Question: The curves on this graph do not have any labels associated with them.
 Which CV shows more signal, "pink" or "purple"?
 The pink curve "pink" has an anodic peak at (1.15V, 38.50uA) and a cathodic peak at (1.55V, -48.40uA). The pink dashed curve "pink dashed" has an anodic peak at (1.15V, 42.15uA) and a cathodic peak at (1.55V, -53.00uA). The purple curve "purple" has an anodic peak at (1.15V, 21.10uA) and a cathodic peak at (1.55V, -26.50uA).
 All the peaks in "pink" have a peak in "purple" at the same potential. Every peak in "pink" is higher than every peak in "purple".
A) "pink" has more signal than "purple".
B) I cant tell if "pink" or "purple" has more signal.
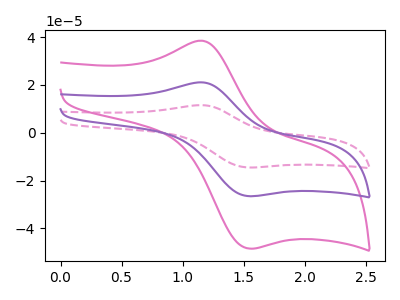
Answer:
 <answer>A) "pink" has more signal than "purple".</answer>
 <eval>A</eval>